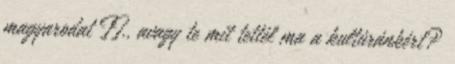
magyarodat II., avagy te mit tettél ma a kultúránkért?